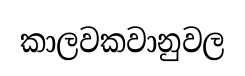
කාලවකවානුවල